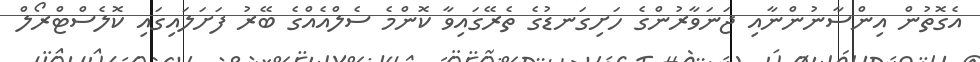
އެގޮތުން އިންސާނުންނާއި ޖަނަވާރުންގެ ހަށިގަނޑުގެ ތެރޭގައިވާ ކޮންމެ ސެލްއެއްގެ ބޭރު ފަށަލައިގައި ކޮލެސްޓްރޯލް